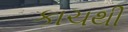
કાચથી